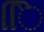
િિ